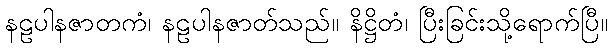
နဠပါနဇာတကံ၊ နဠပါနဇာတ်သည်။ နိဋ္ဌိတံ၊ ပြီးခြင်းသို့ရောက်ပြီ။